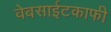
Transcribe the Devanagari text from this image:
वेबसाईटकाफी